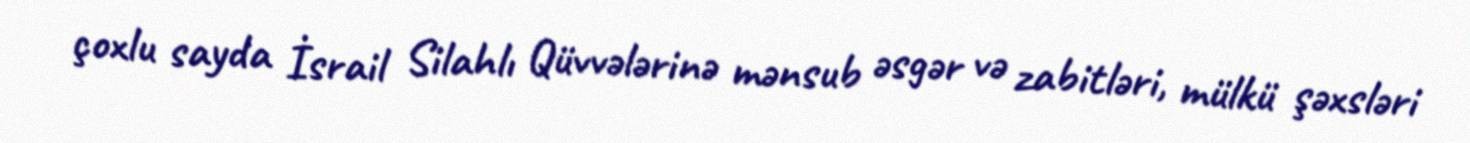
çoxlu sayda İsrail Silahlı Qüvvələrinə mənsub əsgər və zabitləri, mülkü şəxsləri